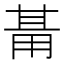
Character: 𭺺